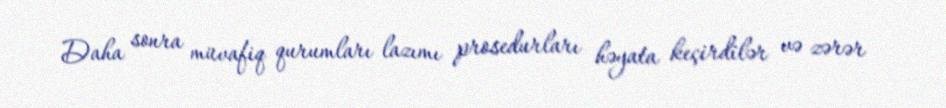
Daha sonra müvafiq qurumları lazımı prosedurları həyata keçirdilər və zərər